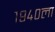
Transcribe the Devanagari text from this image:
१९४०ला